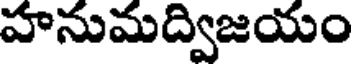
హనుమద్విజయం